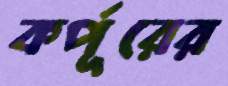
কর্পূরের